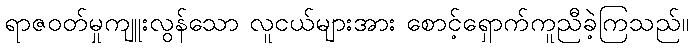
ရာဇဝတ်မှုကျူးလွန်သော လူငယ်များအား စောင့်ရှောက်ကူညီခဲ့ကြသည်။